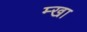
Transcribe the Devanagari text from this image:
म्खा